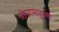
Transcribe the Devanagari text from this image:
श्रीग्रामपुरुष